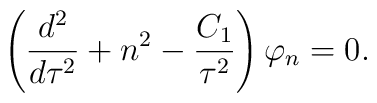
\left({d^2\over d\tau^2}+n^2- {C_{1}\over \tau^{2}} \right)\varphi_{n}=0.